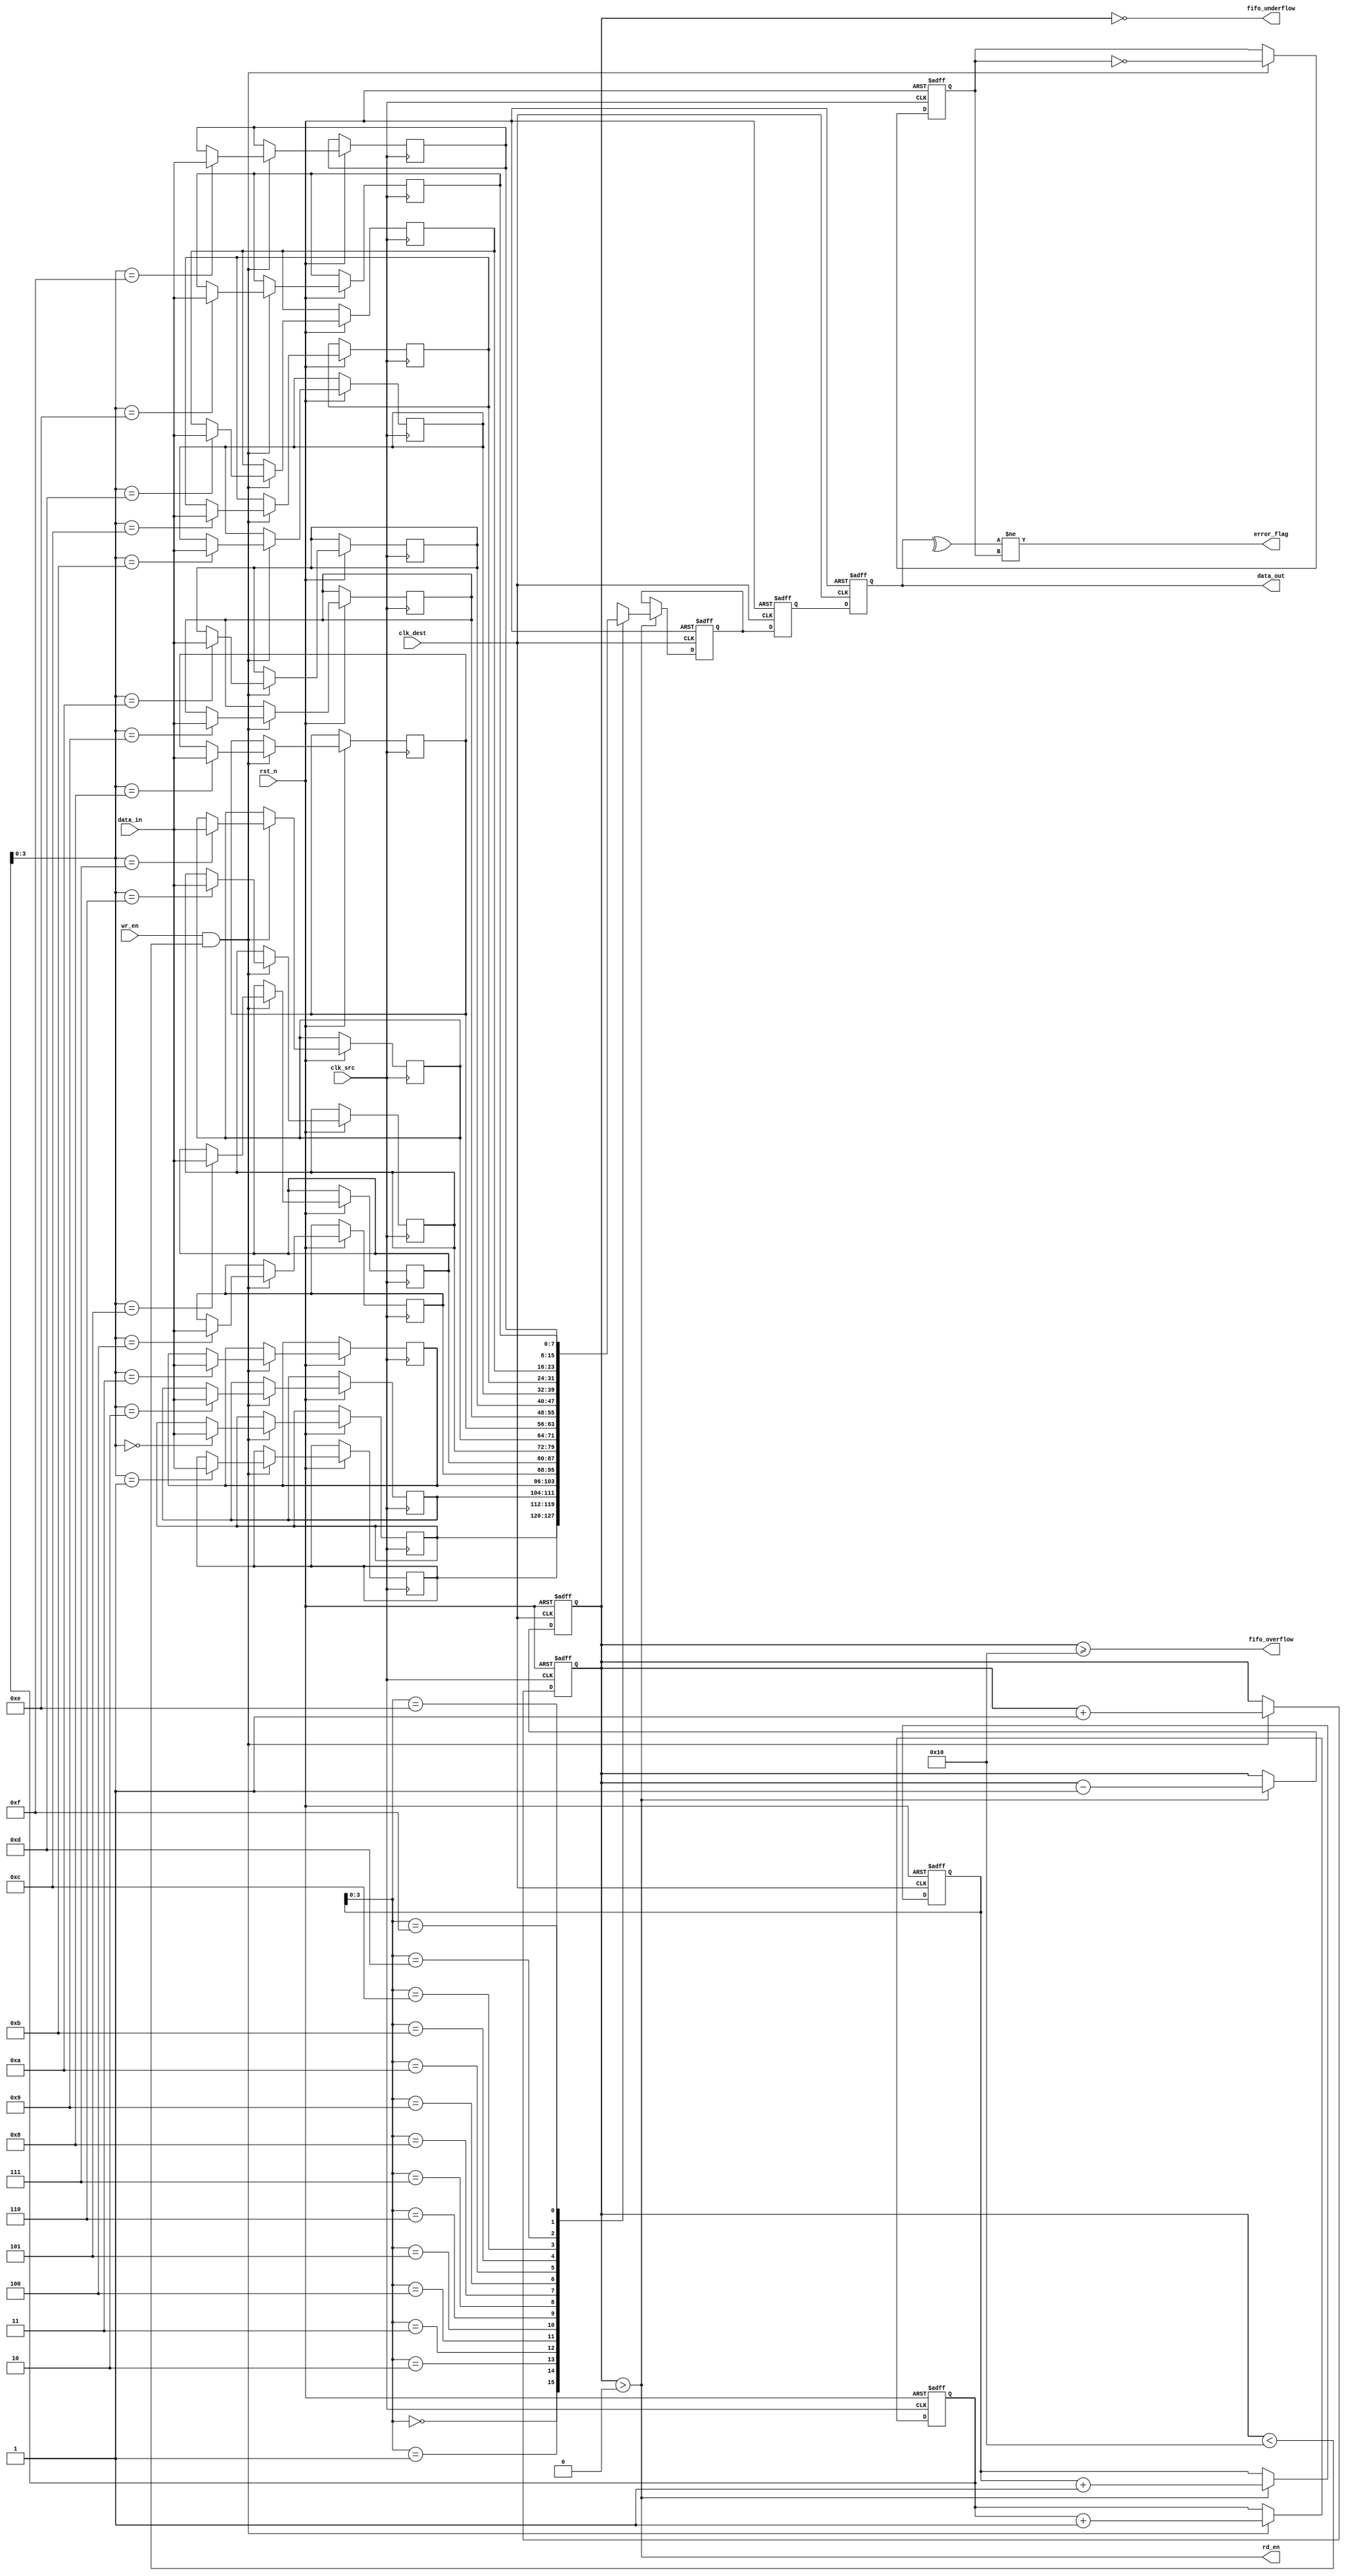
module cdc_memory_blocks #(
    parameter DATA_WIDTH = 8,
    parameter FIFO_DEPTH = 16
)(
    input wire clk_src,               // Source clock
    input wire clk_dest,              // Destination clock
    input wire rst_n,                 // Active low reset
    input wire [DATA_WIDTH-1:0] data_in, // Data input from source domain
    input wire wr_en,                 // Write enable signal
    output wire rd_en,                // Read enable signal
    output wire [DATA_WIDTH-1:0] data_out, // Data output to destination domain
    output wire error_flag,           // Error flag for parity check
    output wire fifo_overflow,        // FIFO overflow indicator
    output wire fifo_underflow        // FIFO underflow indicator
);

    // FIFO buffer
    reg [DATA_WIDTH-1:0] fifo_mem [0:FIFO_DEPTH-1];
    reg [4:0] wr_ptr; // Write pointer
    reg [4:0] rd_ptr; // Read pointer
    reg [4:0] fifo_count; // FIFO count
    reg parity_bit; // Parity bit for error detection

    // Write logic
    always @(posedge clk_src or negedge rst_n) begin
        if (!rst_n) begin
            wr_ptr <= 0;
            fifo_count <= 0;
            parity_bit <= 0;
        end else if (wr_en && (fifo_count < FIFO_DEPTH)) begin
            fifo_mem[wr_ptr] <= data_in;
            parity_bit <= ~parity_bit; // Toggle parity bit for each write
            wr_ptr <= wr_ptr + 1;
            fifo_count <= fifo_count + 1;
        end
    end

    // Read logic
    reg [DATA_WIDTH-1:0] data_out_reg;
    always @(posedge clk_dest or negedge rst_n) begin
        if (!rst_n) begin
            rd_ptr <= 0;
            fifo_count <= 0;
            data_out_reg <= 0;
        end else if (rd_en && (fifo_count > 0)) begin
            data_out_reg <= fifo_mem[rd_ptr];
            rd_ptr <= rd_ptr + 1;
            fifo_count <= fifo_count - 1;
        end
    end

    // FIFO overflow and underflow detection
    assign fifo_overflow = (fifo_count >= FIFO_DEPTH);
    assign fifo_underflow = (fifo_count == 0);

    // Data synchronization using 2-stage flip-flop
    reg [DATA_WIDTH-1:0] sync_data_1;
    reg [DATA_WIDTH-1:0] sync_data_2;

    always @(posedge clk_dest or negedge rst_n) begin
        if (!rst_n) begin
            sync_data_1 <= 0;
            sync_data_2 <= 0;
        end else begin
            sync_data_1 <= data_out_reg;
            sync_data_2 <= sync_data_1;
        end
    end

    // Output data
    assign data_out = sync_data_2;

    // Parity check for error detection
    wire parity_check;
    assign parity_check = ^data_out; // Calculate parity of received data
    assign error_flag = (parity_check != parity_bit); // Compare with sent parity bit

    // Control logic for read enable signal
    assign rd_en = (fifo_count > 0); // Read enable if FIFO is not empty

endmodule